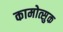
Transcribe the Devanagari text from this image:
कामोत्सुक